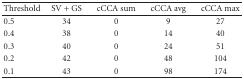
| Threshold | SV + GS | cCCA sum | cCCA avg | cCCA max |
 | --- | --- | --- | --- | --- |
 | 0.5 | 34 | 0 | 9 | 27 |
 | 0.4 | 38 | 0 | 14 | 40 |
 | 0.3 | 40 | 0 | 24 | 51 |
 | 0.2 | 42 | 0 | 48 | 104 |
 | 0.1 | 43 | 0 | 98 | 174 |